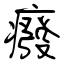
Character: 癈